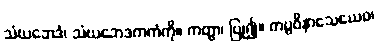
သံဃဘေဒံ၊ သံဃဘေဒကကံကို။ ကတွာ၊ ပြု၍။ ကပ္ပဝိနာသေယေဝ၊